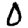
Digit: 0